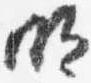
明